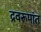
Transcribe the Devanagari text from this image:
द्रवरूपांत